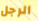
الرجل